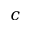
c